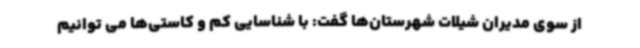
از سوی مدیران شیلات شهرستان‌ها گفت: با شناسایی کم و کاستی‌ها می توانیم